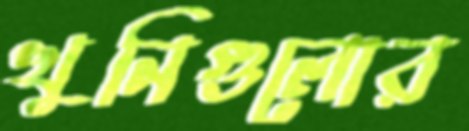
খুনিগুলোর